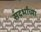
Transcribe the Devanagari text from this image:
संदर्भांच्या